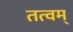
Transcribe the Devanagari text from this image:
तत्वम्